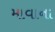
માવાના